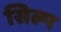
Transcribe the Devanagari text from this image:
सिल्प